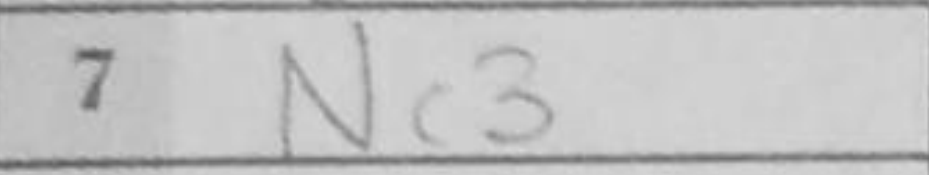
Transcription: Nc3